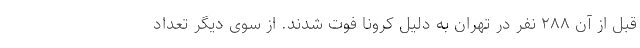
قبل از آن ۲۸۸ نفر در تهران به دلیل کرونا فوت شدند. از سوی دیگر تعداد